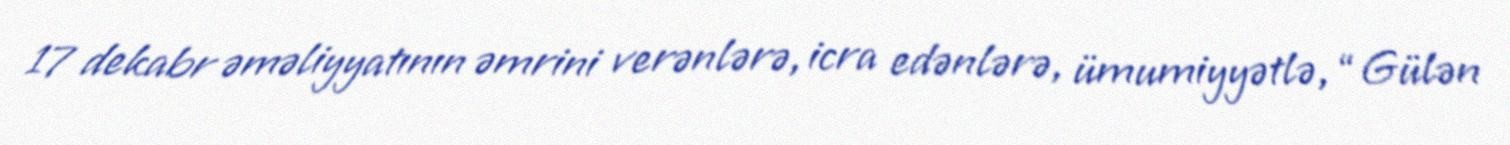
17 dekabr əməliyyatının əmrini verənlərə, icra edənlərə, ümumiyyətlə, “Gülən